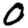
Digit: 0